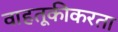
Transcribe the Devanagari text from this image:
वाहतूकीकरता